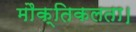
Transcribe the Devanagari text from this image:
मौक्तिकलता।